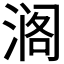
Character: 𮳍